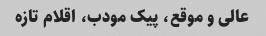
عالی و موقع، پیک مودب، اقلام تازه